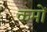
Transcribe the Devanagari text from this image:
कमों